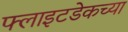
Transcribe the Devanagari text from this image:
फ्लाइटडेकच्या